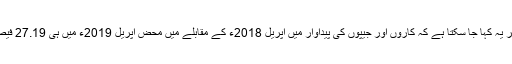
سالانہ بنیادوں پر یہ کہا جا سکتا ہے کہ کاروں اور جیپوں کی پیداوار میں اپریل 2018ء کے مقابلے میں محض اپریل 2019ء میں ہی 27.19 فیصد کمی آئی ہے۔